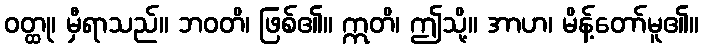
ဝတ္ထု၊ မှီရာသည်။ ဘဝတိ၊ ဖြစ်၏။ ဣတိ၊ ဤသို့။ အာဟ၊ မိန့်တော်မူ၏။